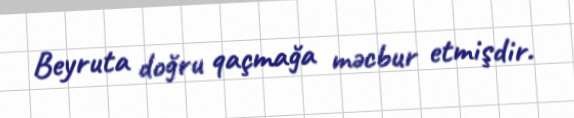
Beyruta doğru qaçmağa məcbur etmişdir.